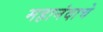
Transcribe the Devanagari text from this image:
महानंदाचे